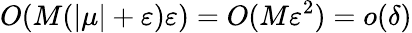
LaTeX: O(M(|\mu|+\varepsilon)\varepsilon)=O(M\varepsilon^{2})=o(\delta)